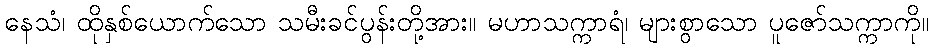
နေသံ၊ ထိုနှစ်ယောက်သော သမီးခင်ပွန်းတို့အား။ မဟာသက္ကာရံ၊ များစွာသော ပူဇော်သက္ကာကို။